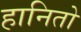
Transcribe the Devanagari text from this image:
हानितो